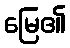
မြေ၏